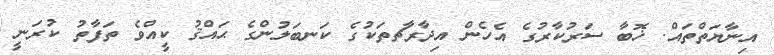
އިނާޔަތްތައް. ޚޮބާ ސަރުކާރުގެ އެހެން އިދާރާޗތަކުގެ ކަނބަލުންގެ ޙައްޤު ކީއްވެ ތަފާތު ކުރަނީ